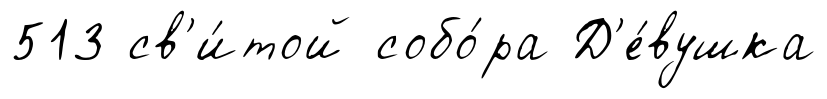
513 св'и́той собо́ра Д'е́вушка